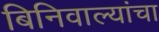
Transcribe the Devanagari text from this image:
बिनिवाल्यांचा